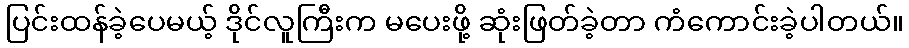
ပြင်းထန်ခဲ့ပေမယ့် ဒိုင်လူကြီးက မပေးဖို့ ဆုံးဖြတ်ခဲ့တာ ကံကောင်းခဲ့ပါတယ်။